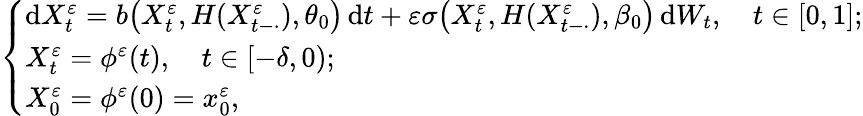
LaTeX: \begin{array}{r}{\left\{ \begin{array}{l}{\mathrm{d}X_{t}^{\varepsilon}=b\big(X_{t}^{\varepsilon},H(X_{t-\cdot}^{\varepsilon}),\theta_{0}\big)\, \mathrm{d}t+\varepsilon\sigma\big(X_{t}^{\varepsilon},H(X_{t-\cdot}^{\varepsilon}),\beta_{0}\big)\, \mathrm{d}W_{t},\quad t\in[0,1];}\\ {X_{t}^{\varepsilon}=\phi^{\varepsilon}(t),\quad t\in[-\delta,0);}\\ {X_{0}^{\varepsilon}=\phi^{\varepsilon}(0)=x_{0}^{\varepsilon},}\end{array}\right.}\end{array}